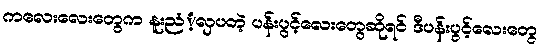
ကလေးလေးတွေက နူးညံံ့လှပတဲ့ ပန်းပွင့်လေးတွေဆိုရင် ဒီပန်းပွင့်လေးတွေ